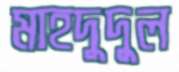
মাহদুদুল